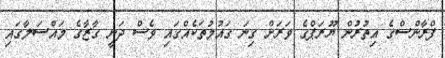
ފްރާންސްގެ އިތުރުން ޔޫރަޕްގެ ވަރަށް ގިނަ ގައުމުތަކެއްގައި ވެސް ދަނީ ގާޒާގެ މައްސަލާގައި